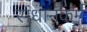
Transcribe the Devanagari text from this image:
संधानकर्म